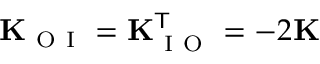
\mathbf { K } _ { \mathrm { ~ O ~ I ~ } } = \mathbf { K } _ { \mathrm { ~ I ~ O ~ } } ^ { \mathsf { T } } = - 2 \mathbf { K }